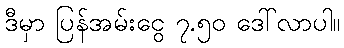
ဒီမှာ ပြန်အမ်းငွေ ၇.၅၀ ဒေါ်လာပါ။